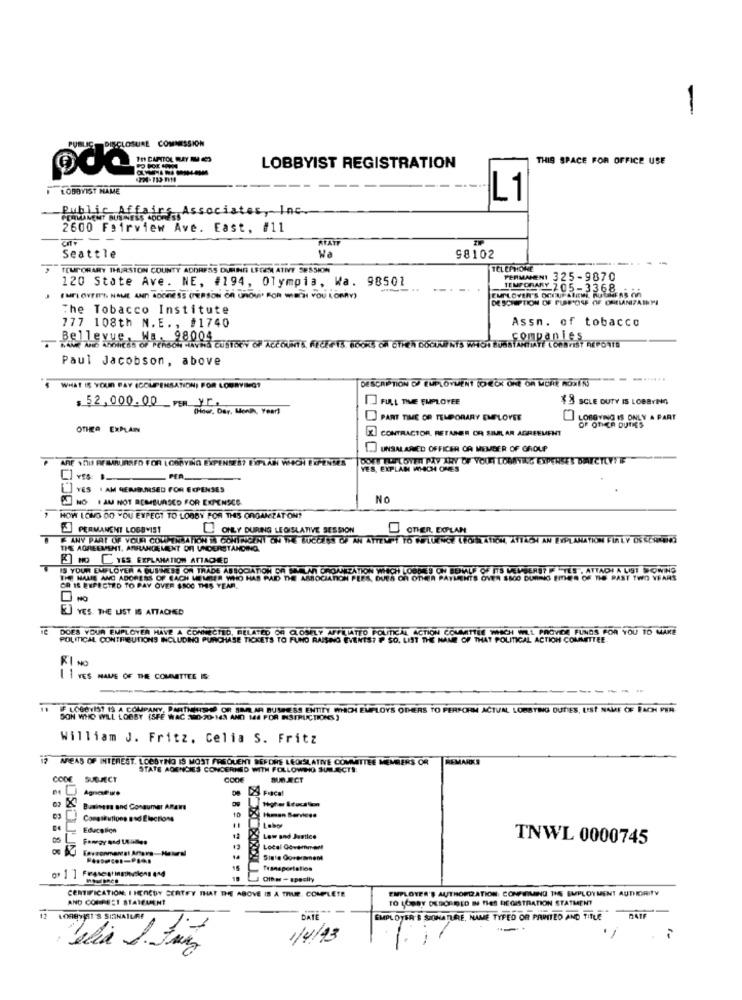
-
PUBLIC DISCLOSURE COMMISSION
THIS SPACE FOR OFFICE USE
oda
LOBBYIST REGISTRATION
LOBBYIST NAME
L1
ublic Affairs Associates, Inc.
2600 Fairview Ave. East, #11
--
Seattle
Na
98102
---
TEMPORARY IHRSTON COUNTY ADDRESS DURING LEGEN ATIVE 5855KM
TELEPHONE
120 State Ave. NE, #194, Olympia, Wa. 98501
PERMMENT 325-9870
EMPLOVER'S OCCUFANICHI, RUGHEAS On
TEMPORARY 205-3368
EMPLOYEE'S NAME AND SOORESS (PERSON OR UROUI' FOR WIECSI YOU LORRY)
DE SCHIPTION OF PURPOSE OF ORGANIZAIYI
The Tobacco Institute
Assn. of tobacco
777 108th N.E ., #1740
Paul Jacobson, above
WHAT IS YOUR PAY (COMPENSATION; FOR LOURVINGT
DESCRIPTION OF EMPLOYMENT TO EOK ONE OR MORE ROXTR
] FULL TIME EMPLOYEE
ES SCLE DUTY IS LOBBYING
$ 52,000.00 PER VE.
(Hner, Der, Monlh, Year)
PART TIME OR TEMPORARY EMPLOYEE
LOBBYING IS ONLY A PART
OF OTHER DUTIES
OTHER EXPLAIN
LOC
CONTRACTOR, RETANER OR SIMILAR AGREEMENT
UNSALARIED OFFICER OA MEMBER OF GROUP
ELFLOTEN PAY ANY OF YOUR LOUNTILG EXPENSES DIRECTLYYE
YES, EXPLAN WHICH ONE'S
PER
YES . AM REMBURSED FOR EXPENSES
NO I AM NOT REMBURSED FOR EXPENSES
No
HOW ICIO DO YOU EXPECT TO LOBBY FOR THIS ORGANZAT ON?
PERMANENT LOBBYIST
ONLY DURING LEGISLATIVE SESSION
DOTIER, DOPLAN
8 K ANY PART OF YOUR COMPENSATION W CONTINGENT ON THE SUCCESS OF AN ATTEMPT TO WIFLUENCE LÉO/RATION, ATTACH AN EXPLANATION FIRLY O& SCARDOS
THE AGREEMENT, ARRANGEMENT OF UNDERSTANDING.
[3] NO L TES EXPLANATION ATTACHED
IS YOUR EMPLOYER A BUSINESS OR TRADE ASSOCIATION DA SIELAN OROADEZATION WHICH LOSDES ON BEHALF OF ITS MEMBERS? I "TES , ATTACHI A LIST ROWING
THE HALLE AND ADDRESS OF EACH MEMBER WHO HAS PAID THE ASSOCIATION PERS, DUES OF OTHER PAYMENTS OVER $SOO DURING EMES OF THE PAST TWO YEARS
THE PAST TWO YEARS
OR IS EXPECTED TO PAY OVER $SOC THIS YEAR.
E] YES THE LIST IS ATTACHED
TTO POLITICAL ACTION COMNATTEN MICH WILL PROVIDE FUNDS FOR YOU TO MAKE
DOES YOUR EMPLOYER HAVE A CONNECTED, RELATED OF CLOSELY APPT
POLITICAL CONTRIBUTIONS INCLUDING PURCHASE TICKETS TO FUND RAISING EVENTS? . SO. LIST THE MAN OF THAT POLITICAL ACTION COMMITTEE.
KINO
1 1 VES NAME OF THE COMMITTEE IS
F LOBBYIST IS A COMPANY.
OBY ONE WAY OR40 BUSINESS ENTITY WHICH EMPLOYS ODERS TO PERFORM ACTUAL. LOBBYING DUTIES, UST NAME OF FACH PER-
SON WHO WILL LA
William J. Fritz. Celia S. Fritz
AREAS OF INTEREST. LOBBYING IS MOST FREQUENT BEFORE LEGISLATIVE COMMITTEE MEMBERS OR
REMARKS
STATE AGENCIES CONCERNED WITH FOLLOWHO SUBJECT !:
CODE SUBJECT
BUG.ECT
Fiscal
Higher Education
Business and Consumer ARaire
10
Congaitutions Bod Elections
Ihuman Services
Education
05
Low and Justice
TNWL 0000745
Local Government
Sinte Goverment
Off as -apacity
CERTIFICATION: I HEREBY SERTFY THAT THE ABOVE IS A TRUE, COMPLETE
EMPLOYER'S AUTHORIZATION: CONFIRMING THE EMPLOYMENT AUTHORITY
AND CORRECT STATEMENT
TO LOBBY DESCRIBED MI TIES REGISTRATION STATMENT
----
DATE
EMPLOYER & SHONATURE, NAME TYFED OR PAINTED AND TITLE
RAIF
17
elia 1.
1/4/13